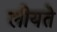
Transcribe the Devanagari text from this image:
लीयते